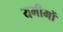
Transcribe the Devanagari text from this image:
यमीमों